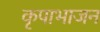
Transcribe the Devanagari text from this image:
कृपाभाजन